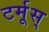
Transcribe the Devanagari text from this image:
टर्मूस्